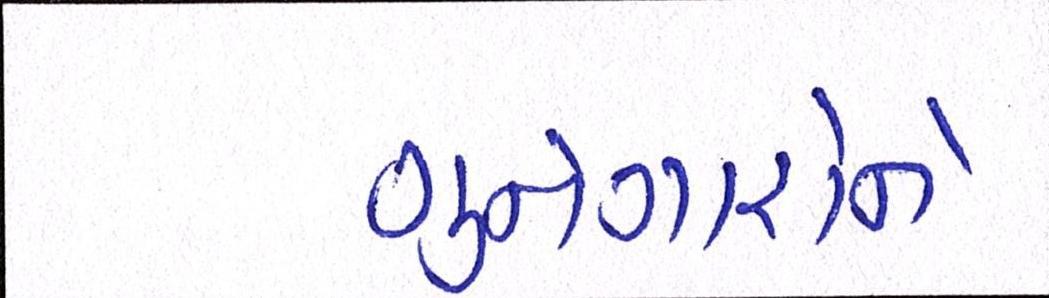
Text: ગુનેગારોને